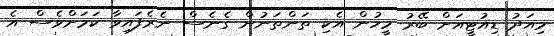
މިއަދު ޑިއުޓީއަށް ބޭރު މީހުން އެކި ތަންތަނުން ގެނެސް ނެރެފައިވާ ކަމަށްވެސް އެ